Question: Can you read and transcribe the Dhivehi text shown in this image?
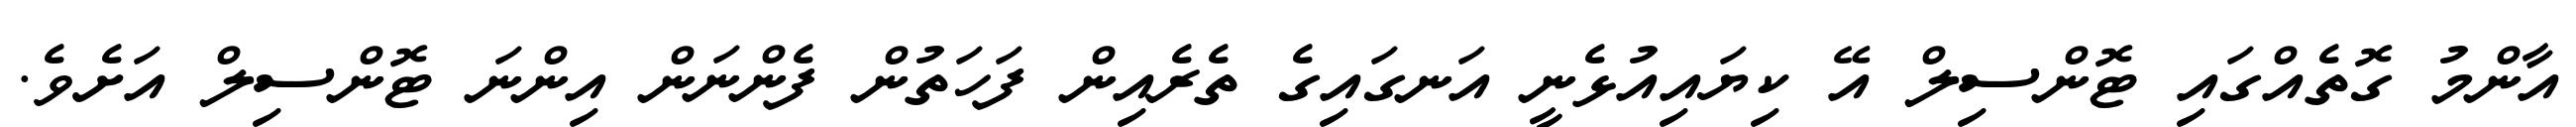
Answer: އާންމު ގޮތެއްގައި ޓޮންސިލް އޭ ކިޔައިއުޅެނީ އަނގައިގެ ތެރެއިން ފަހަތުން ފެންނަން އިންނަ ޓޮންސިލް އަށެވެ.